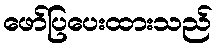
ဖော်ပြပေးထားသည်